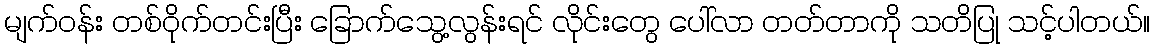
မျက်ဝန်း တစ်ဝိုက်တင်းပြီး ခြောက်သွေ့လွန်းရင် လိုင်းတွေ ပေါ်လာ တတ်တာကို သတိပြု သင့်ပါတယ်။